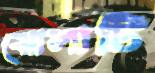
ঝোলাটি